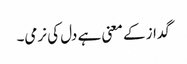
گداز کے معنی ہے دل کی نرمی۔